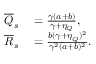
\begin{array} { r l } { \overline { Q } _ { s } } & { { } = \frac { \gamma ( a + b ) } { \gamma + \eta _ { Q } } , } \\ { \overline { R } _ { s } } & { { } = \frac { b ( \gamma + \eta _ { Q } ) ^ { 2 } } { \gamma ^ { 2 } ( a + b ) ^ { 2 } } . } \end{array}